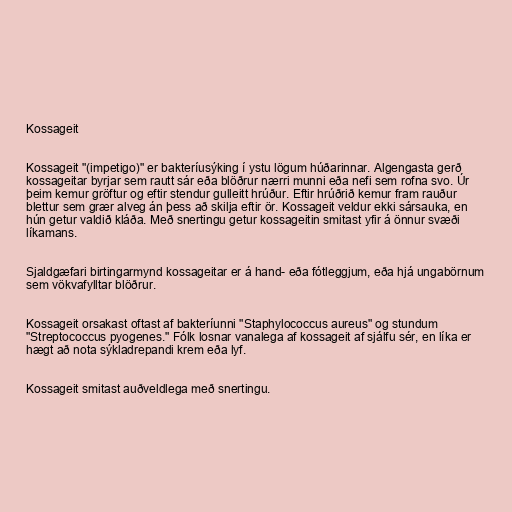
Kossageit

Kossageit "(impetigo)" er bakteríusýking í ystu lögum húðarinnar. Algengasta gerð
kossageitar byrjar sem rautt sár eða blöðrur nærri munni eða nefi sem rofna svo. Úr
þeim kemur gröftur og eftir stendur gulleitt hrúður. Eftir hrúðrið kemur fram rauður
blettur sem grær alveg án þess að skilja eftir ör. Kossageit veldur ekki sársauka, en
hún getur valdið kláða. Með snertingu getur kossageitin smitast yfir á önnur svæði
líkamans.

Sjaldgæfari birtingarmynd kossageitar er á hand- eða fótleggjum, eða hjá ungabörnum
sem vökvafylltar blöðrur.

Kossageit orsakast oftast af bakteríunni "Staphylococcus aureus" og stundum
"Streptococcus pyogenes." Fólk losnar vanalega af kossageit af sjálfu sér, en líka er
hægt að nota sýkladrepandi krem eða lyf.

Kossageit smitast auðveldlega með snertingu.